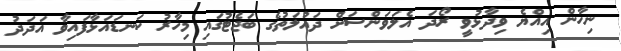
ނިހާން އިއްޔެ ވިދާޅުވީ ރޯދަ އެލަވަންސަށް ދައުލަތުގެ ބަޖެޓުގައި މިހާރު ކަނޑައަޅާފައިވާ އަދަދު